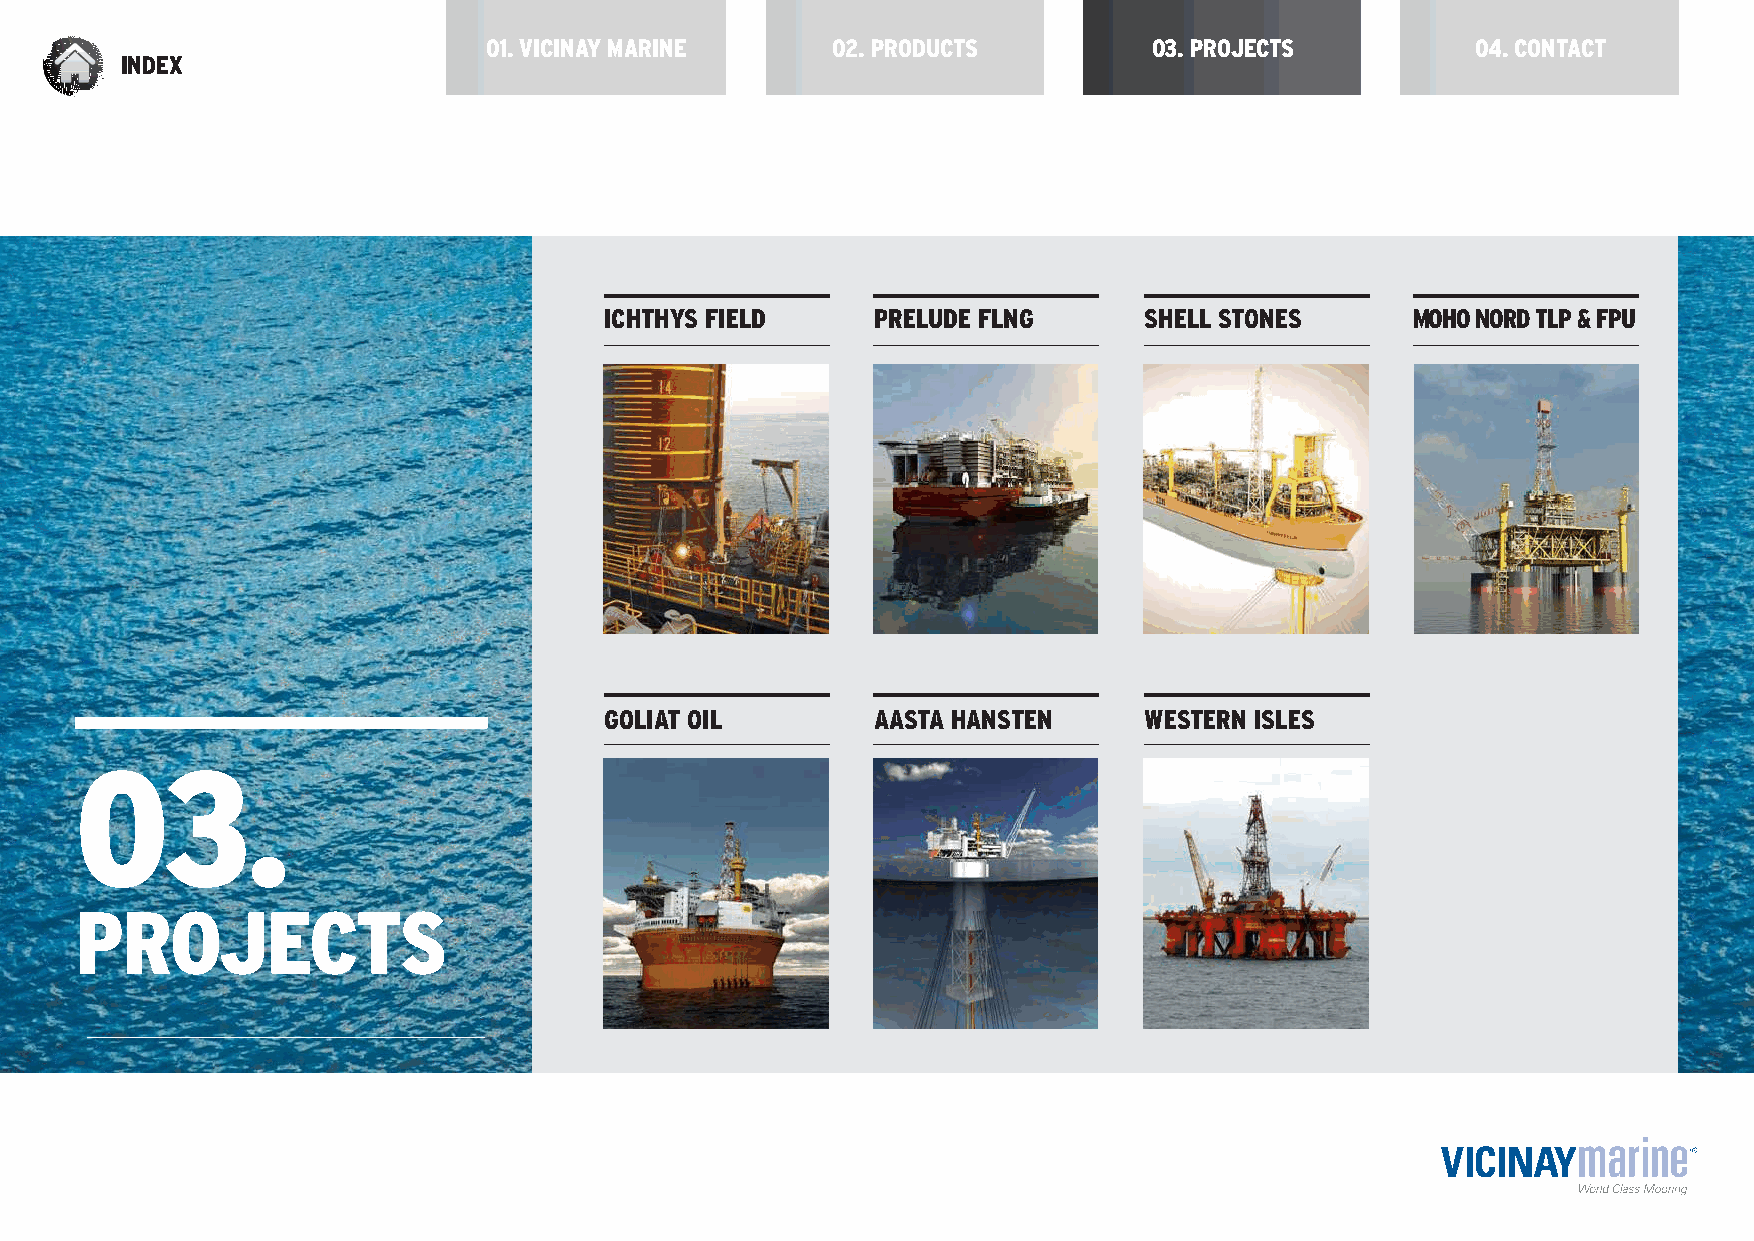
01. VICINAY MARINE     02. PRODUCTS         03. PROJECTS          04. CONTACT
 INDEX
 ICHTHYS FIELD     PRELUDE FLNG      SHELL STONES      MOHO NORD TLP & FPU
 GOLIAT OIL        AASTA HANSTEN     WESTERN ISLES
 03.
 PROJECTS